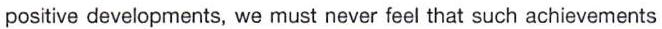
positive developments, we must never feel that such achievements